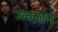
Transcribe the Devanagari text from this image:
उत्‍कलन